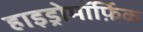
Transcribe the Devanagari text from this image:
हाइड्रोमॉर्फ़िक